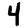
Digit: 4